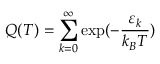
Q ( T ) = \sum _ { k = 0 } ^ { \infty } \exp ( - \frac { \varepsilon _ { k } } { k _ { B } T } )